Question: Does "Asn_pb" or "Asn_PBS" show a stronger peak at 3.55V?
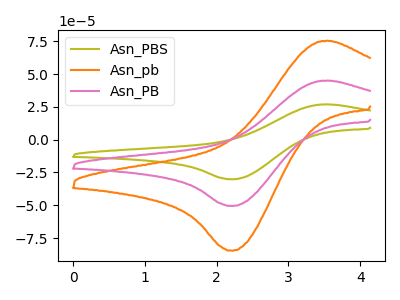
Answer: <think>The olive curve "Asn_PBS" has an anodic peak at (3.55V, 90.05uA) and a cathodic peak at (2.25V, -101.10uA). The orange curve "Asn_pb" has an anodic peak at (3.55V, 75.40uA) and a cathodic peak at (2.25V, -84.60uA). The pink curve "Asn_PB" has an anodic peak at (3.55V, 45.05uA) and a cathodic peak at (2.25V, -50.55uA).</think>
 <answer>The peak at 3.55V is lower in "Asn_pb" than in "Asn_PBS".</answer>
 <eval>lower</eval>